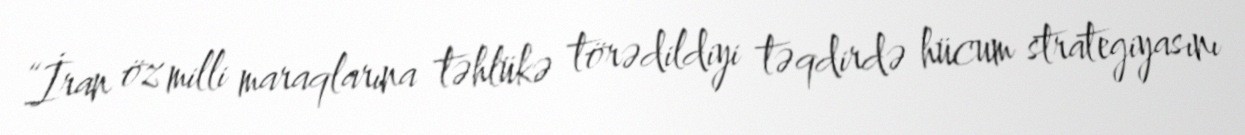
“İran öz milli maraqlarına təhlükə törədildiyi təqdirdə hücum strategiyasını